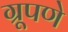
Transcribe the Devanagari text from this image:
ग्रूपणे